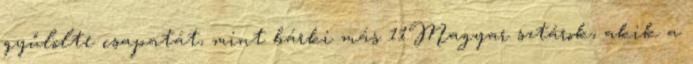
gyűlölte csapatát, mint bárki más 11Magyar sztárok, akik a